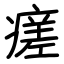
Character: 瘥